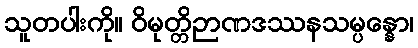
သူတပါးကို။ ဝိမုတ္တိဉာဏဒဿနသမ္ပန္နော၊